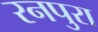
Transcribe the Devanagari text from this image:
रनपुरा